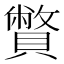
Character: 𧸁